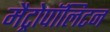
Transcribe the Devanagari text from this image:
मैट्रोपॉलिटन